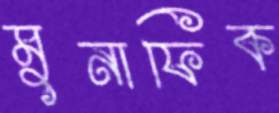
মুনাফিক